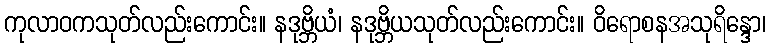
ကုလာဝကသုတ်လည်းကောင်း။ နဒုဗ္ဘိယံ၊ နဒုဗ္ဘိယသုတ်လည်းကောင်း။ ဝိရောစနအသုရိန္ဒော၊